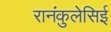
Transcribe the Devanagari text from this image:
रानंकुलेसिई